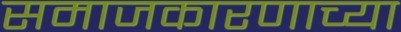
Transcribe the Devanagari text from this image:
समाजकारणाच्या